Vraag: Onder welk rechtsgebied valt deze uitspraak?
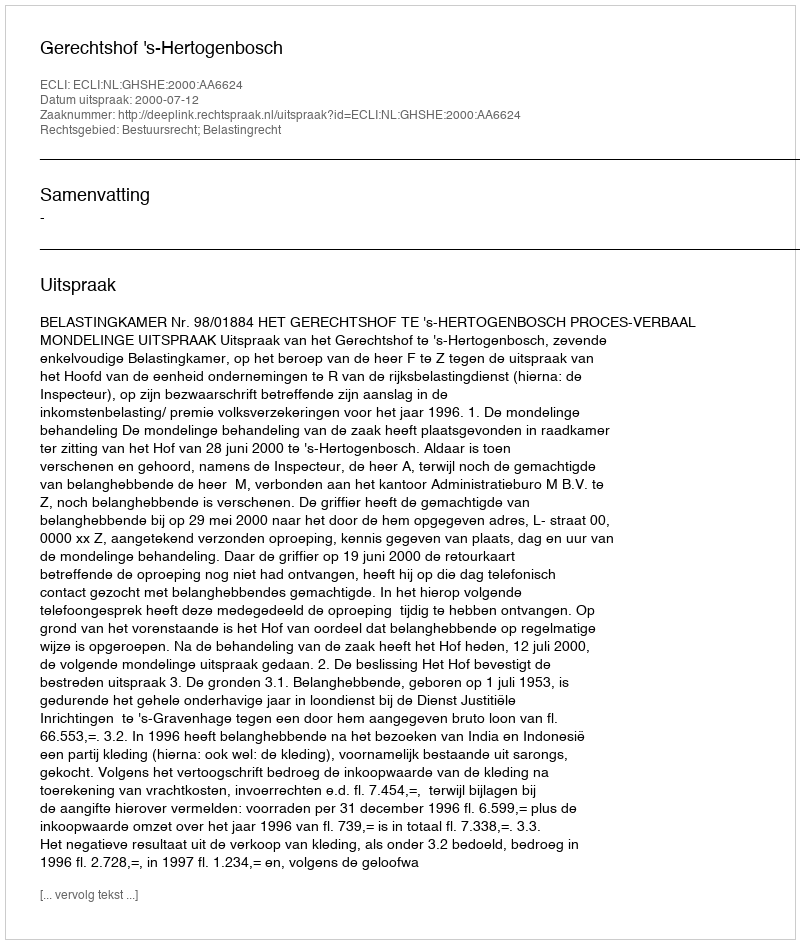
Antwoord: Bestuursrecht; Belastingrecht